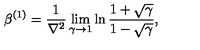
\beta ^ { ( 1 ) } = { \frac { 1 } { \nabla ^ { 2 } } } \lim _ { \gamma \to 1 } \ln { \frac { 1 + \sqrt \gamma } { 1 - \sqrt \gamma } } ,